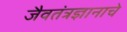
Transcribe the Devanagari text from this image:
जैवतंत्रज्ञानाचे